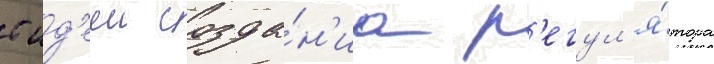
с ид'ееи созда́н'иа р'егул'я́тора